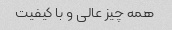
همه چیز عالی و با کیفیت